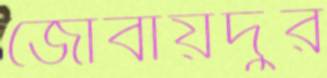
জোবায়দুর